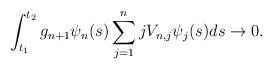
\begin{align*} \int_{t_1}^{t_2}g_{n+1} \psi_{n}(s)\sum_{j=1}^{n}jV_{n,j}\psi_j(s)ds \to 0.\end{align*}